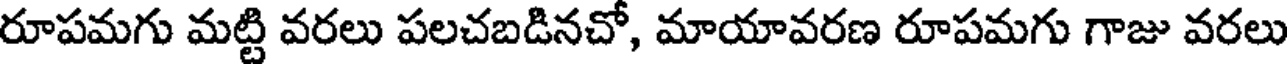
రూపమగు మట్టి వరలు పలచబడినచో, మాయావరణ రూపమగు గాజు వరలు